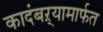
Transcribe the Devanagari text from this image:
कादंबऱ्यामार्फत